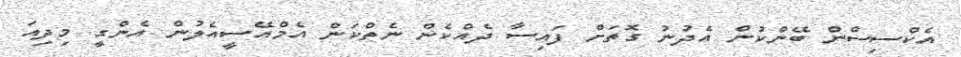
އެކްސިސްން ބޭންކުން އެދުނު ގޮތަށް ފައިސާ ދެއްކެން ނެތްކަން އެމްއޭސީއެލުން އެންގީ މިދިއަ